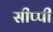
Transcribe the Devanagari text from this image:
सीप्पी